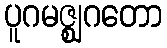
ပူဂမဇ္ဈဂတော